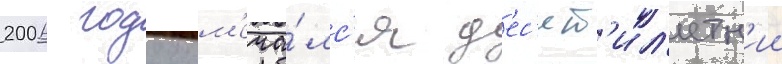
2006 году отм'еча́лс'я д'ес'ят'ил'етн'ии